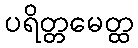
ပရိတ္တမေတ္ထ